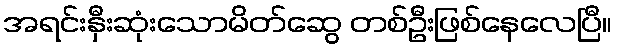
အရင်းနှီးဆုံးသောမိတ်ဆွေ တစ်ဦးဖြစ်နေလေပြီ။